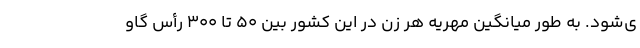
ی‌شود. به طور میانگین مهریه هر زن در این کشور بین ۵۰ تا ۳۰۰ رأس گاو